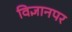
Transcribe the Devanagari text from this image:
विज्ञानपर